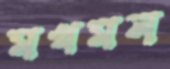
মখমল